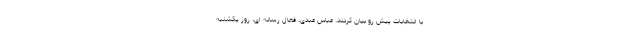
با انتخابات پیش رو بیان کردند. عباس عبدی، فعال رسانه ای، روز یکشنبه